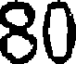
80